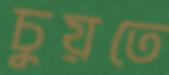
চুয়তে